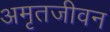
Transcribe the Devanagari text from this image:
अमृतजीवन